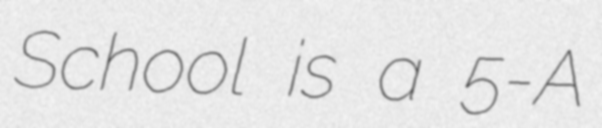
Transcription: School is a 5-A